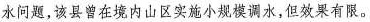
水问题，该县曾在境内山区实施小规模调水，但效果有限。